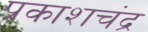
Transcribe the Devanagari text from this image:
प्रकाशचंद्र